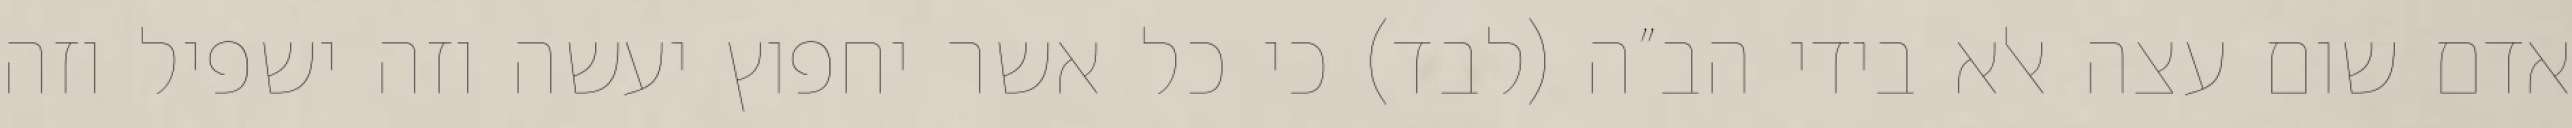
אדם שום עצה אלא בידי הב”ה (לבד) כי כל אשר יחפוץ יעשה וזה ישפיל וזה